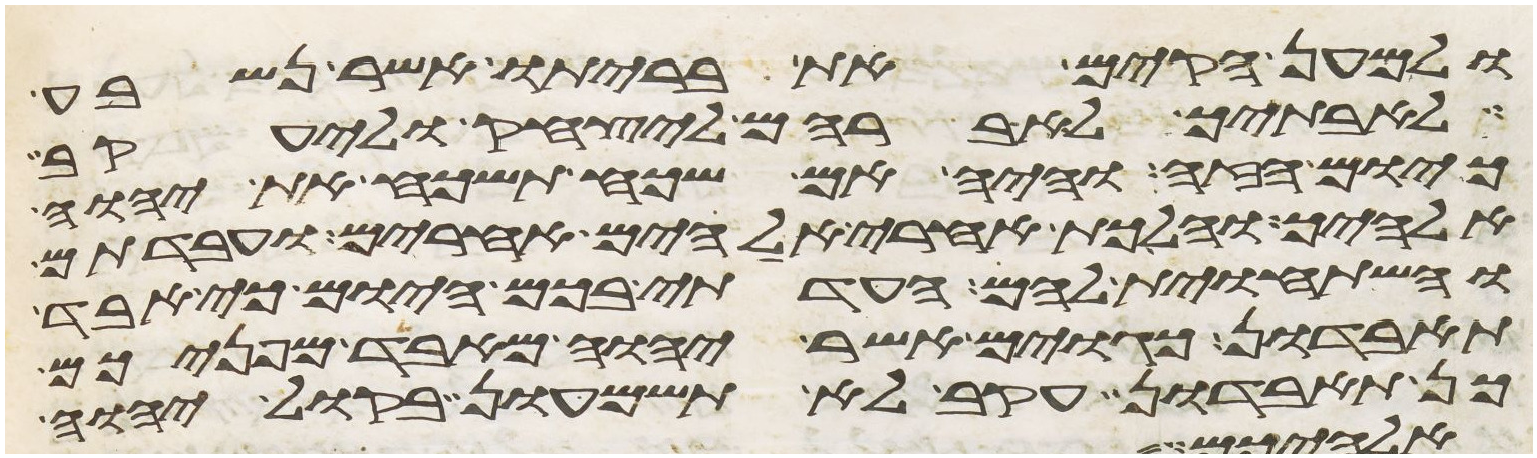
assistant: ולמען הקים את בריתו אשר נשבע
לאבתיך לאברהם ליצחק וליעקב
כיום הזה והיה אם שכח תשכח את יהוה
אלהיך והלכת אחרי אלהים אחרים ועבדתם
והשתחוית להם העדתי בכם היום כי אבד
תאבדון כגוים אשר יהוה מאבד מפניכם
כן תאבדון עקב לא תשמעון בקול יהוה